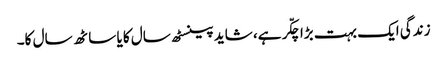
زندگی ایک بہت بڑا چکّر ہے، شاید پینسٹھ سال کا یا ساٹھ سال کا۔